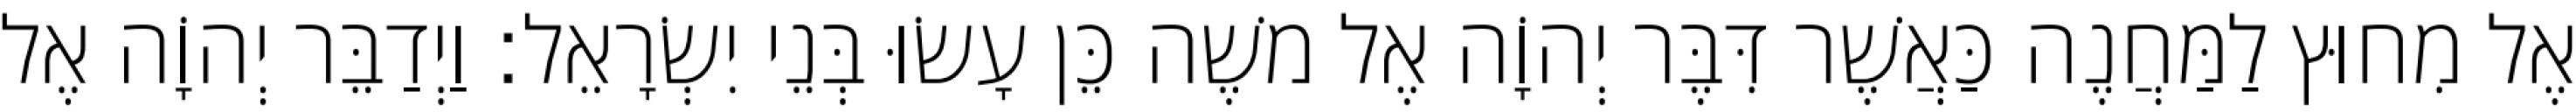
אֶל מִחוּץ לַמַּחֲנֶה כַּאֲשֶׁר דִּבֶּר יְהוָֹה אֶל משֶׁה כֵּן עָשׂוּ בְּנֵי יִשְׂרָאֵל׃ וַיְדַבֵּר יְהוָֹה אֶל